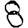
Digit: 8